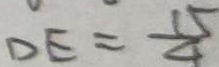
D E = \frac { 1 5 } { 4 }